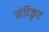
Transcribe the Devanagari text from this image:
नंदिकृत